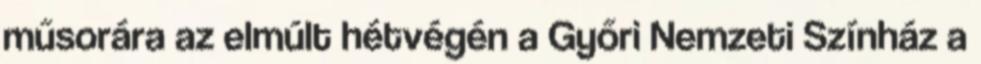
műsorára az elmúlt hétvégén a Győri Nemzeti Színház a